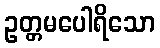
ဥတ္တမပေါရိသော